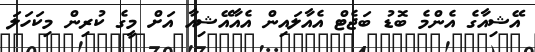
އޭޝިއާގެ އެންމެ ބޮޑު ބަޖެޓް އެއާލައިން އެއާއޭޝިއާ އަށް މީގެ ކުރިން މިކަހަލަ